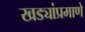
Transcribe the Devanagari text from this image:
खड्यांप्रमाणे